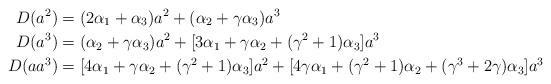
LaTeX: \begin{align*}D(a^2)&=(2 \alpha_{1} + \alpha_{3})a^2 + (\alpha_{2}+\gamma\alpha_{3})a^3\\D(a^3)&=(\alpha_{2} + \gamma \alpha_{3})a^2 + [3 \alpha_{1} + \gamma\alpha_{2} + (\gamma^{2} +1) \alpha_{3}]a^3\\D(aa^3)&= [4 \alpha_1+\gamma \alpha_2+(\gamma^2+1)\alpha_3]a^2+[4 \gamma \alpha_1+(\gamma^2+1)\alpha_2+(\gamma^3+2\gamma)\alpha_3]a^3\end{align*}